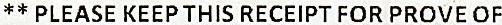
** PLEASE KEEP THIS RECEIPT FOR PROVE OF